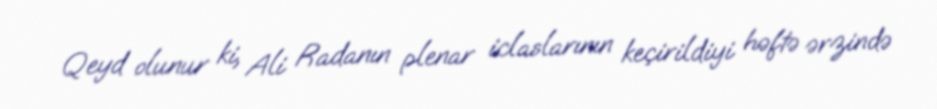
Qeyd olunur ki, Ali Radanın plenar iclaslarının keçirildiyi həftə ərzində